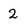
Character: 2